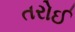
તરોઈ